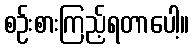
စဉ်းစားကြည့်ရတာပေါ့။